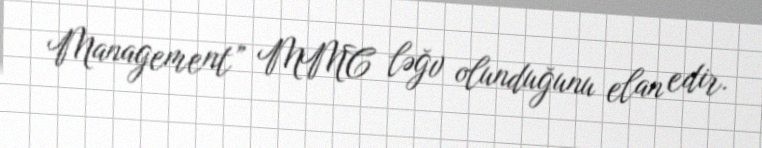
Management” MMC ləğv olunduğunu elan edir.